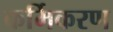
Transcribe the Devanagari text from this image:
कर्मिकरण